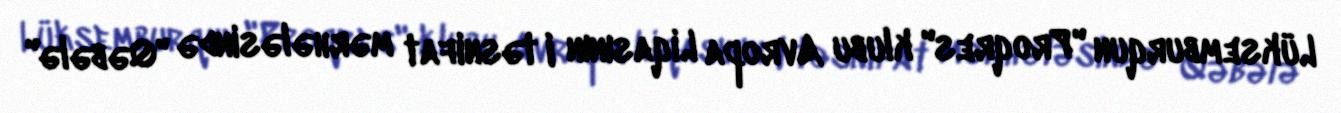
Lüksemburqun "Proqres" klubu Avropa Liqasının I təsnifat mərhələsində "Qəbələ"